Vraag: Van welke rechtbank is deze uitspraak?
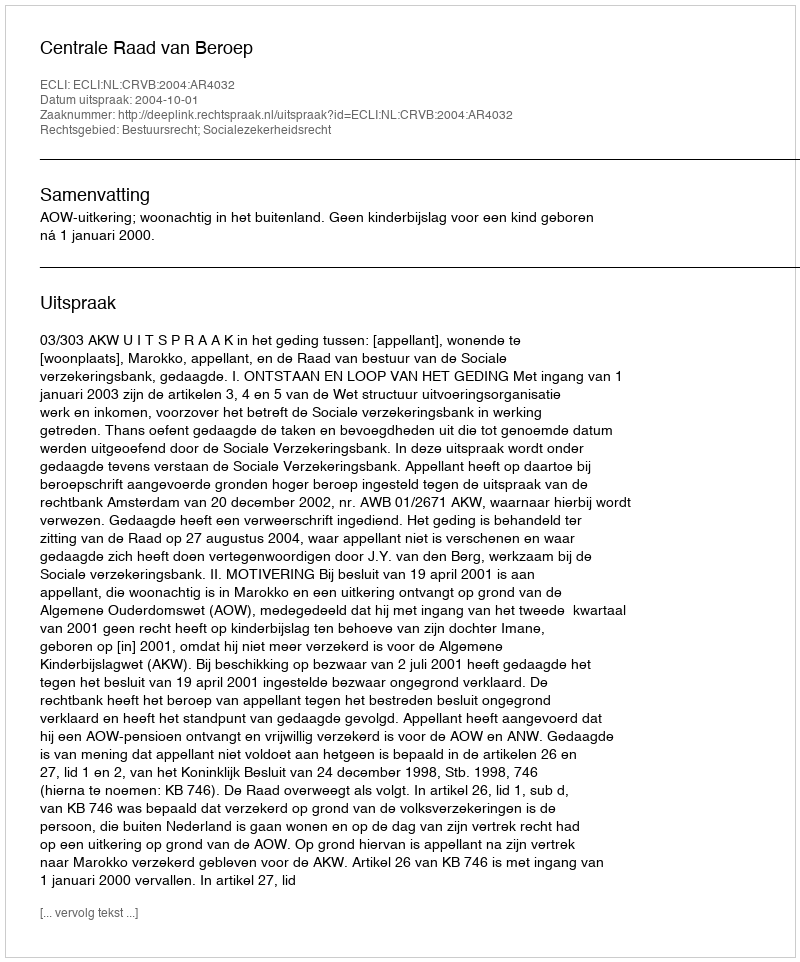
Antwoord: Centrale Raad van Beroep